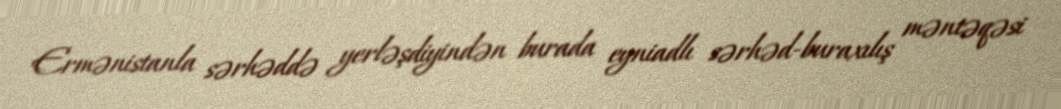
Ermənistanla sərhəddə yerləşdiyindən burada eyniadlı sərhəd-buraxılış məntəqəsi